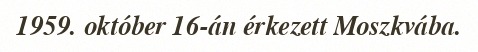
1959. október 16-án érkezett Moszkvába.